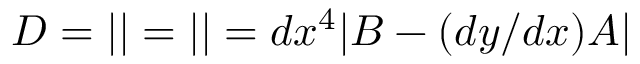
D = \left| \begin{array} { l l l l l l l } \end{array} \right| = \left| \begin{array} { l l l l l l l } \end{array} \right| = d x ^ { 4 } \vert B - ( d y / d x ) A \vert